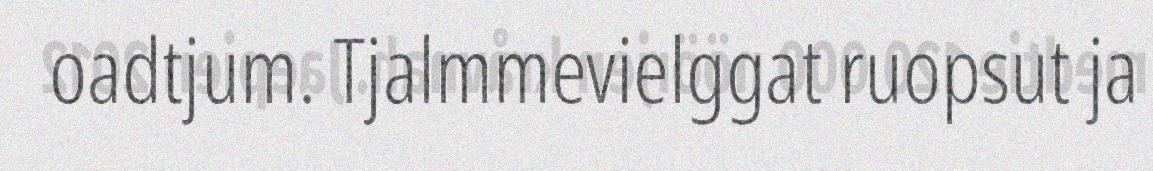
oadtjum. Tjalmmevielggat ruopsut ja